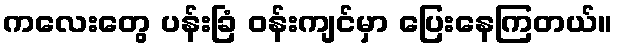
ကလေးတွေ ပန်းခြံ ဝန်းကျင်မှာ ပြေးနေကြတယ်။